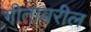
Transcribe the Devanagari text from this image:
गीतांवरील